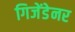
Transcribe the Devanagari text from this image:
गिजेंडेनर